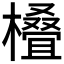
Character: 𣜖